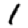
Digit: 1